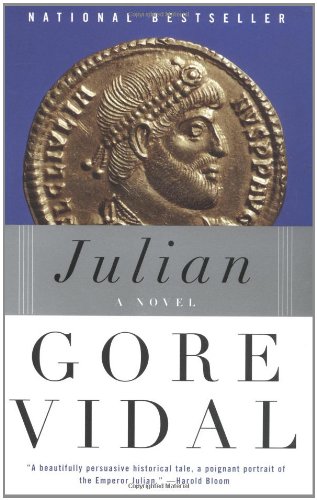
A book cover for Julian: A Novel; Gore Vidal; Literature & Fiction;